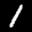
Label: 1